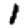
Digit: 1